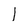
Character: 1